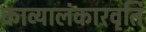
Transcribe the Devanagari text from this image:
काव्यालंकारवृति